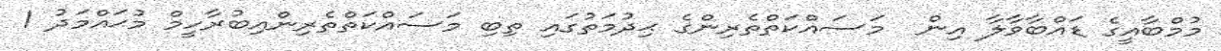
މުމްބާއީގެ ޑައްބާވާލާ އިން  މަސައްކަތްތެރިންގެ ޙިދުމަތުގައި ތިބި މަސައްކަތްތެރިންއިބުރާހީމް މުޙައްމަދު 1